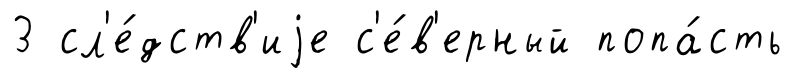
3 сл'е́дств'иjе с'е́в'ерный попа́сть